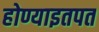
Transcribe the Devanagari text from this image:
होण्याइतपत